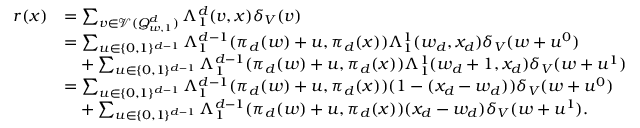
\begin{array} { r l } { r ( x ) } & { = \sum _ { v \in \mathcal V ( Q _ { w , 1 } ^ { d } ) } \Lambda _ { 1 } ^ { d } ( v , x ) \delta _ { V } ( v ) } \\ & { = \sum _ { u \in \{ 0 , 1 \} ^ { d - 1 } } \Lambda _ { 1 } ^ { d - 1 } ( \pi _ { d } ( w ) + u , \pi _ { d } ( x ) ) \Lambda _ { 1 } ^ { 1 } ( w _ { d } , x _ { d } ) \delta _ { V } ( w + u ^ { 0 } ) } \\ & { \phantom { = } + \sum _ { u \in \{ 0 , 1 \} ^ { d - 1 } } \Lambda _ { 1 } ^ { d - 1 } ( \pi _ { d } ( w ) + u , \pi _ { d } ( x ) ) \Lambda _ { 1 } ^ { 1 } ( w _ { d } + 1 , x _ { d } ) \delta _ { V } ( w + u ^ { 1 } ) } \\ & { = \sum _ { u \in \{ 0 , 1 \} ^ { d - 1 } } \Lambda _ { 1 } ^ { d - 1 } ( \pi _ { d } ( w ) + u , \pi _ { d } ( x ) ) ( 1 - ( x _ { d } - w _ { d } ) ) \delta _ { V } ( w + u ^ { 0 } ) } \\ & { \phantom { = } + \sum _ { u \in \{ 0 , 1 \} ^ { d - 1 } } \Lambda _ { 1 } ^ { d - 1 } ( \pi _ { d } ( w ) + u , \pi _ { d } ( x ) ) ( x _ { d } - w _ { d } ) \delta _ { V } ( w + u ^ { 1 } ) . } \end{array}